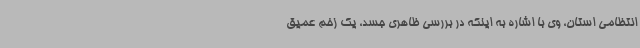
انتظامی استان، وی با اشاره به اینکه در بررسی ظاهری جسد، یک زخم عمیق